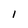
Character: 1